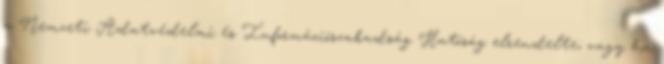
a Nemzeti Adatvédelmi és Információszabadság Hatóság elrendelte; vagy ha